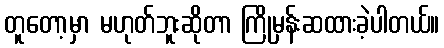
တူတော့မှာ မဟုတ်ဘူးဆိုတာ ကြိုမှန်းဆထားခဲ့ပါတယ်။